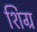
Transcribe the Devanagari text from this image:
शिग्र